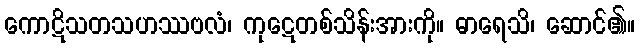
ကောဋိသတသဟဿဗလံ၊ ကုဋေတစ်သိန်းအားကို။ ဓာရေသိ၊ ဆောင်၏။